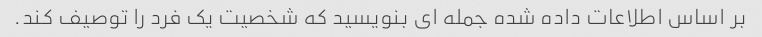
بر اساس اطلاعات داده شده جمله ای بنویسید که شخصیت یک فرد را توصیف کند.